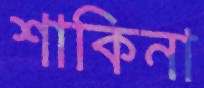
শাকিনা